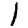
Digit: 1